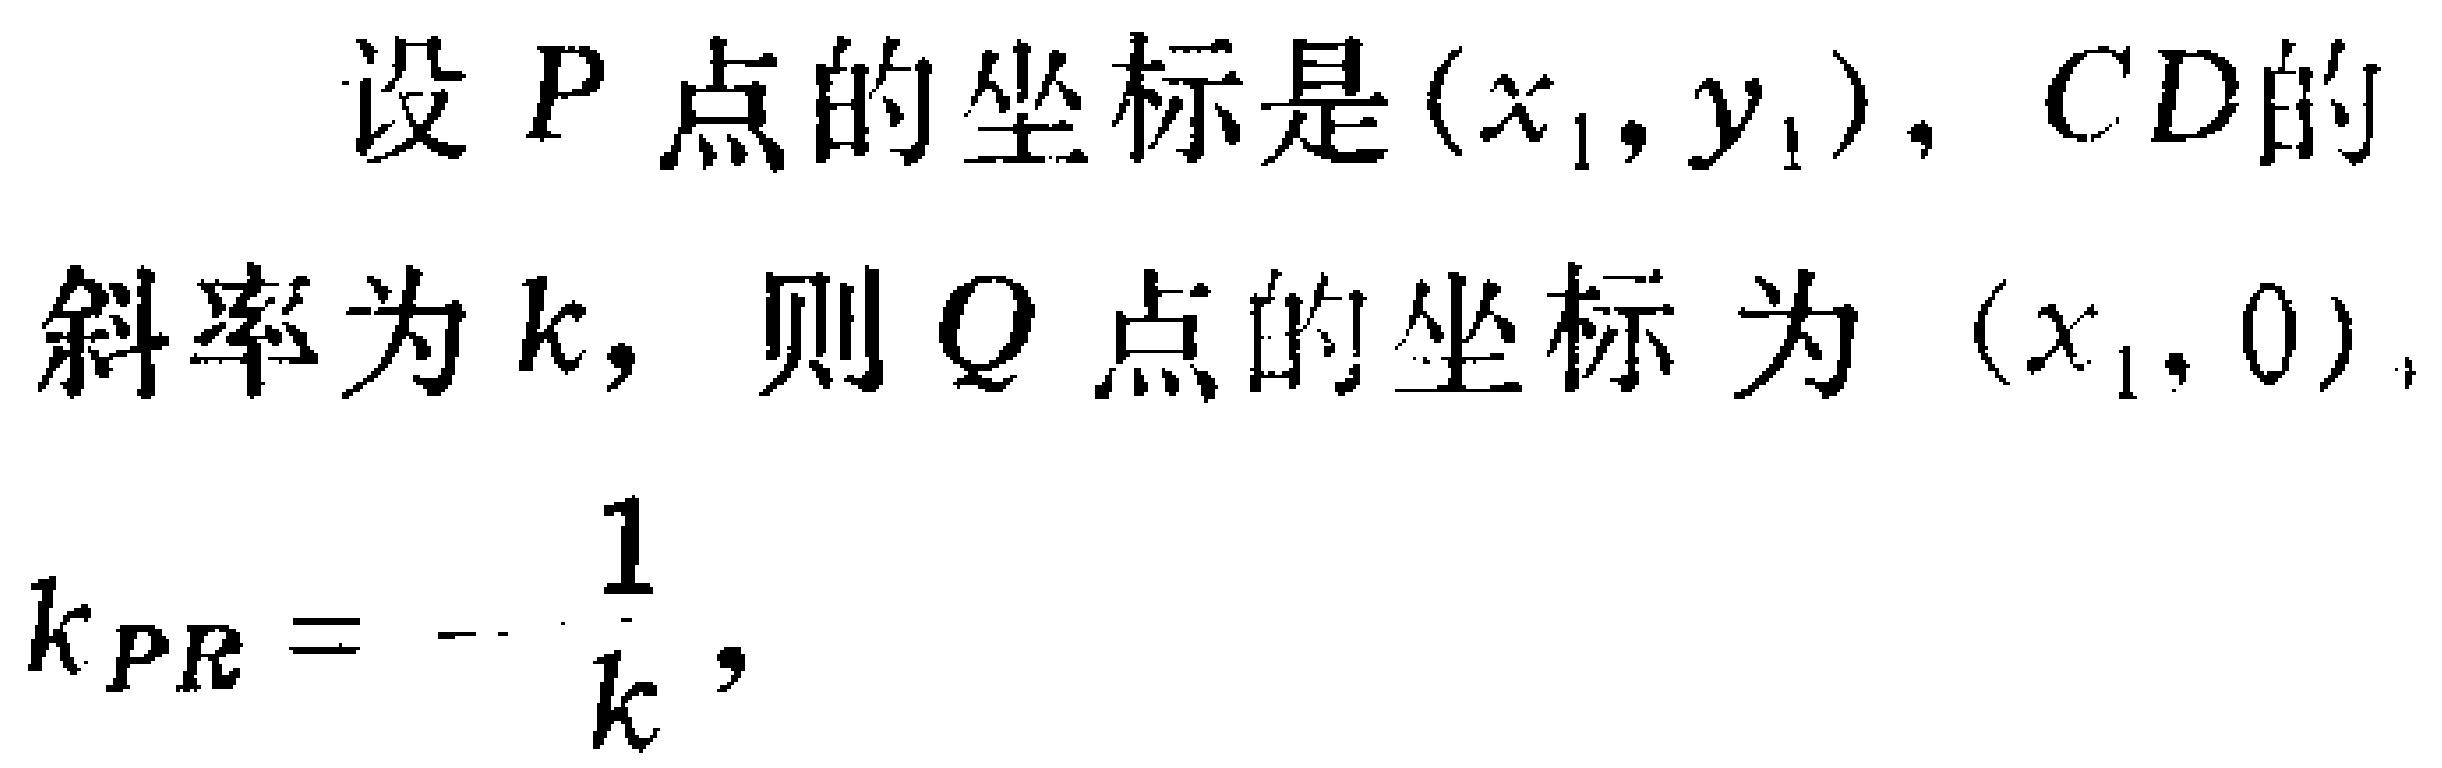
设 \(P\) 点的坐标是 \((x_{1},y_{1})\)，\(CD\) 的斜率为 \(k\)，则 \(Q\) 点的坐标为 \((x_{1},0)\)，

\[k_{PR}=-\frac{1}{k},\]